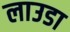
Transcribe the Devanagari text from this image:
लाउडा